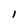
Character: 1